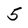
Character: 5